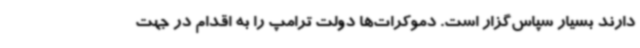
دارند بسیار سپاس‌گزار است. دموکرات‌ها دولت ترامپ را به اقدام در جهت